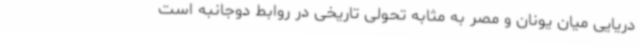
دریایی میان یونان و مصر به مثابه تحولی تاریخی در روابط دوجانبه است